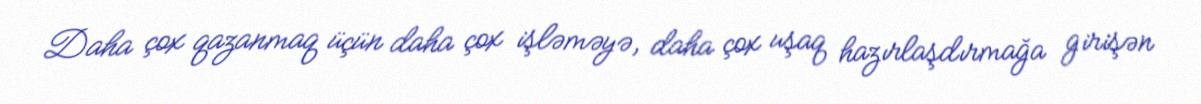
Daha çox qazanmaq üçün daha çox işləməyə, daha çox uşaq hazırlaşdırmağa girişən